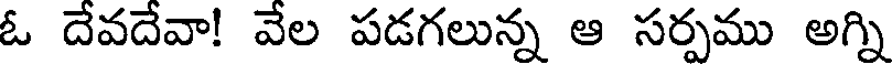
ఓ దేవదేవా! వేల పడగలున్న ఆ సర్పము అగ్ని